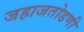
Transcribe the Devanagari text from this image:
जहाजतोडणी